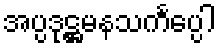
အပ္ပဒုဋ္ဌမနသင်္ကပ္ပေါ